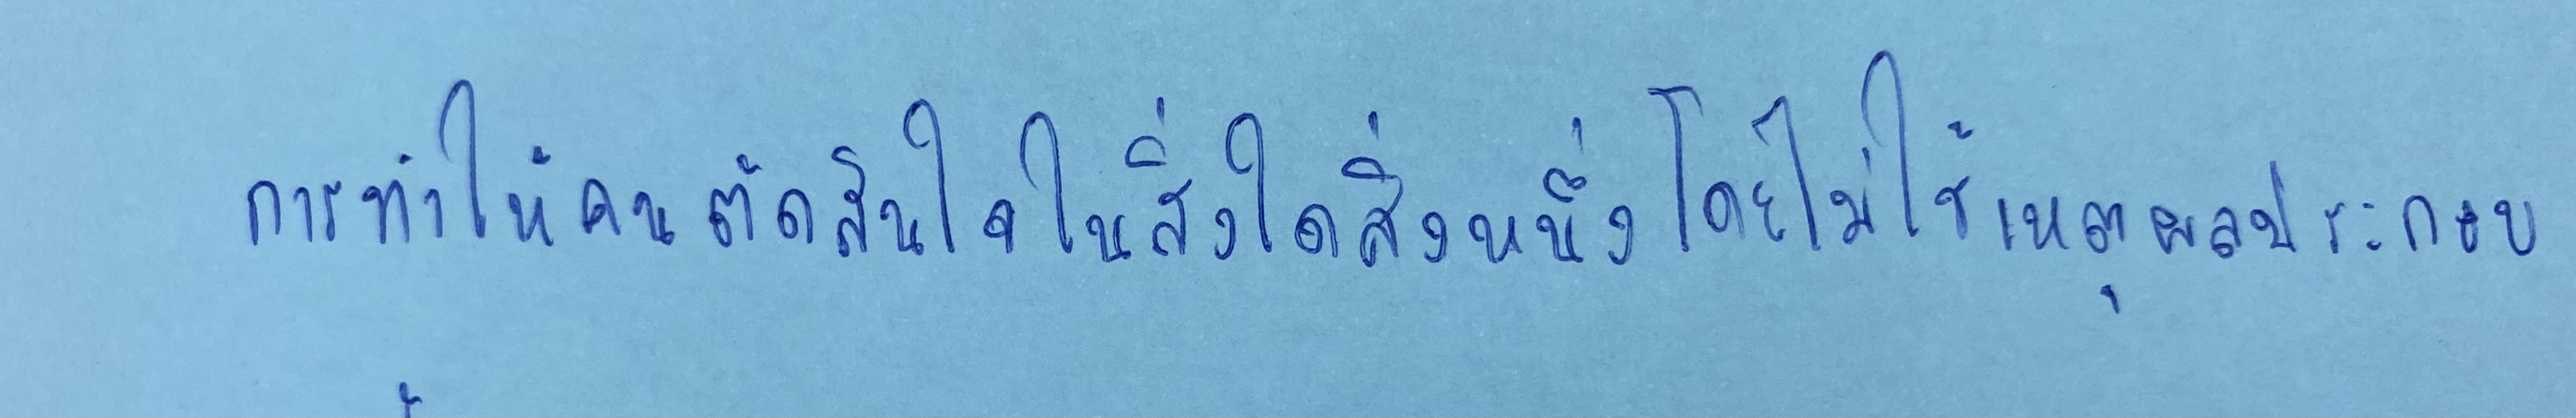
การทำให้คนตัดสินใจในสิ่งใดสิ่งหนึ่งโดยไม่ใช้เหตุผลประกอบ